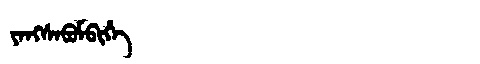
Manchu: ᠶᠠᠩᠰᠠᠪᡠᠮᠪᡳᡥᡝ
Romanization: YANGSABUMBIHE